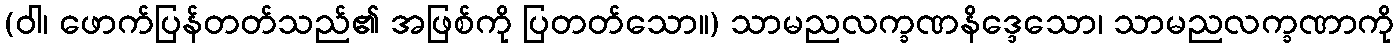
(ဝါ၊ ဖောက်ပြန်တတ်သည်၏ အဖြစ်ကို ပြတတ်သော။) သာမညလက္ခဏနိဒ္ဒေသော၊ သာမညလက္ခဏာကို